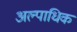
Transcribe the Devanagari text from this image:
अल्पाधिक